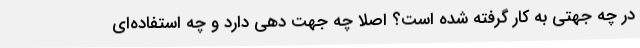
در چه جهتی به کار گرفته شده است؟ اصلاً چه جهت دهی دارد و چه استفاده‌ای